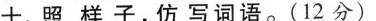
十、照样子，仿写词语。(12分)